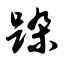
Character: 跺